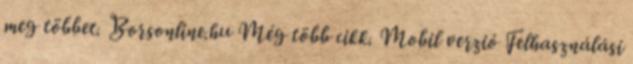
meg többet. Borsonline.hu Még több cikk. Mobil verzió Felhasználási